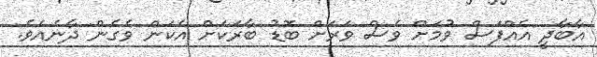
އާބާދީ އެއްފަސް ވުމަށް ވެސް ވަރަށް ބޮޑު ބާރަކަށް އެކަން ވެގެން ދާނެއެވެ.